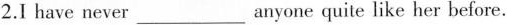
2.I have never ___ anyone quite like her before.